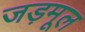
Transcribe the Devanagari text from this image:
जड़मूल